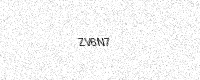
Text: ZV6N7